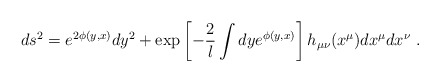
\begin{align*}ds^2 = e^{2\phi (y,x) } dy^2 + \exp\left[-{2\over l} \int dy e^{\phi (y,x)}\right] h_{\mu\nu}(x^\mu ) dx^\mu dx^\nu \ . \end{align*}